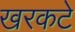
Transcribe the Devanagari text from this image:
खरकटे